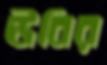
ঊবির